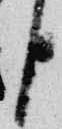
臣